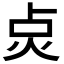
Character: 𭴙